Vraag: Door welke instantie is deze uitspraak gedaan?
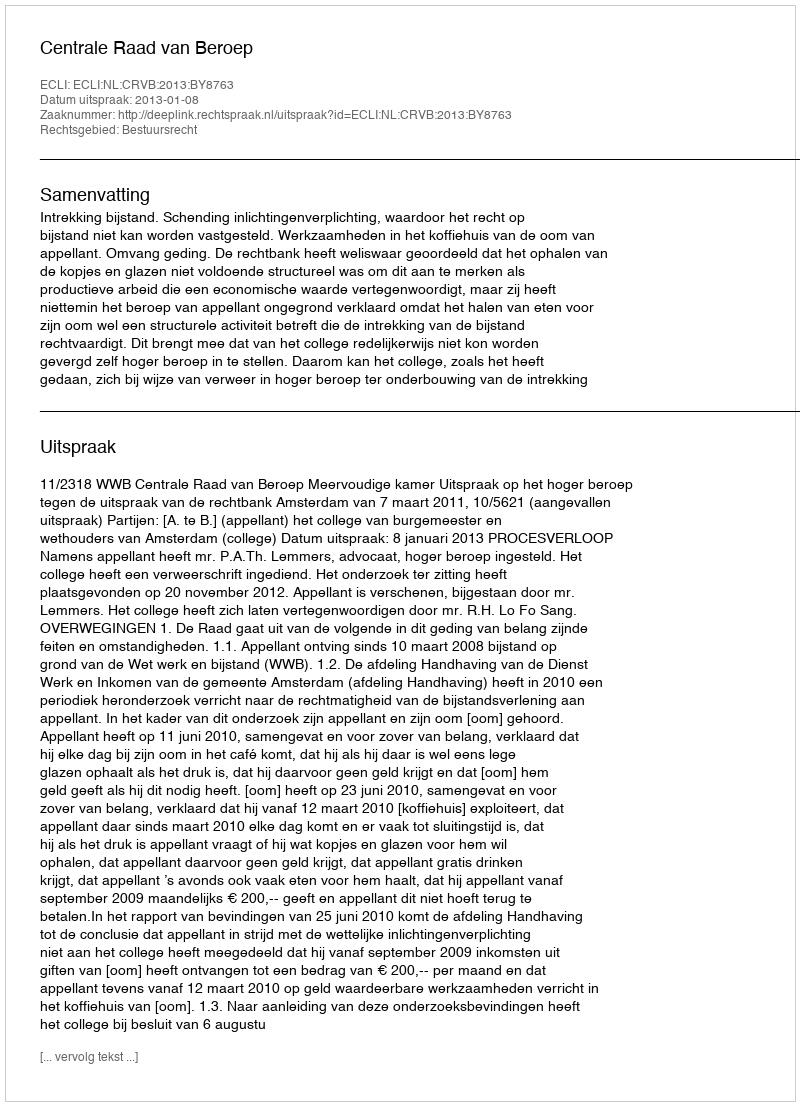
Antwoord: Centrale Raad van Beroep